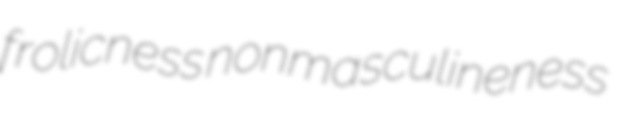
frolicness nonmasculineness